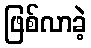
ဖြစ်လာခဲ့